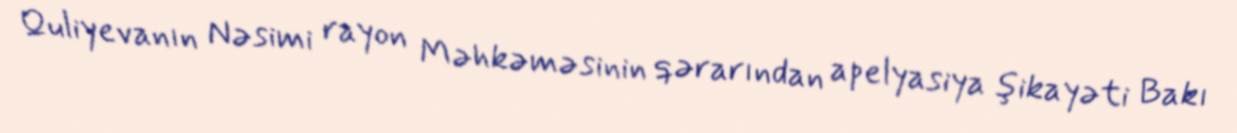
Quliyevanın Nəsimi rayon Məhkəməsinin qərarından apelyasiya şikayəti Bakı